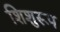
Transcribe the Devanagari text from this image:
शिशुरूप